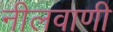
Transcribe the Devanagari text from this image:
नीलवाणी